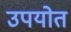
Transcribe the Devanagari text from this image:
उपयोत